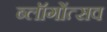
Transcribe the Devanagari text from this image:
ब्लॉगोंत्सव